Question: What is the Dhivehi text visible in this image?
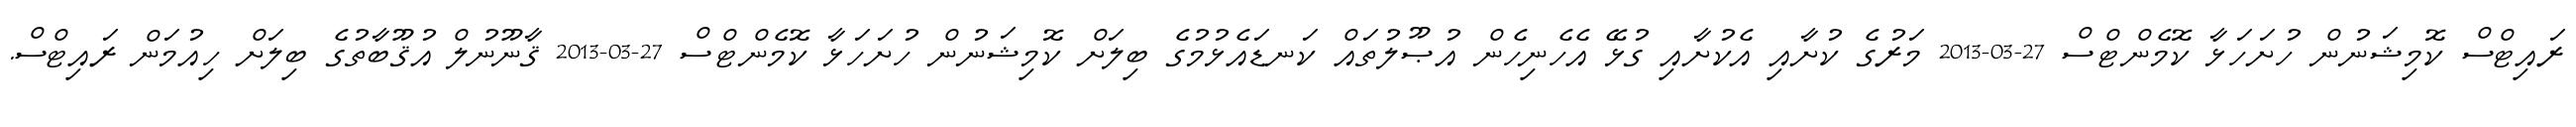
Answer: ރައިޓްސް ކޮމިޝަނުން ހުށަހަޅާ ކޮމެންޓްސް 27-03-2013 މަރުގެ ކުށާއި އެކުށާއި ގުޅޭ އެހެނިހެން އުޞޫލުތައް ކަނޑައެޅުމުގެ ބިލަށް ކޮމިޝަނުން ހުށަހަޅާ ކޮމެންޓްސް 27-03-2013 ޤާނޫނުލް އުޤޫބާތުގެ ބިލަށް ހިއުމަން ރައިޓްސް.